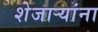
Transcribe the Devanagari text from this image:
शेजाऱ्यांना